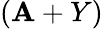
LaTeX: (\mathbf{A}+Y)